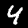
Label: 4